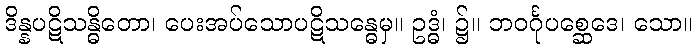
ဒိန္နပဋိသန္ဓိတော၊ ပေးအပ်သောပဋိသန္ဓေမှ။ ဥဒ္ဓံ၊ ၌။ ဘဝင်္ဂုပစ္ဆေဒေ၊ သော။